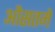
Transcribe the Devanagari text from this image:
औसतमे